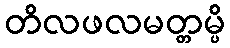
တိလဖလမတ္တမ္ပိ